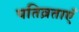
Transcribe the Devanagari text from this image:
पतिव्रताएँ